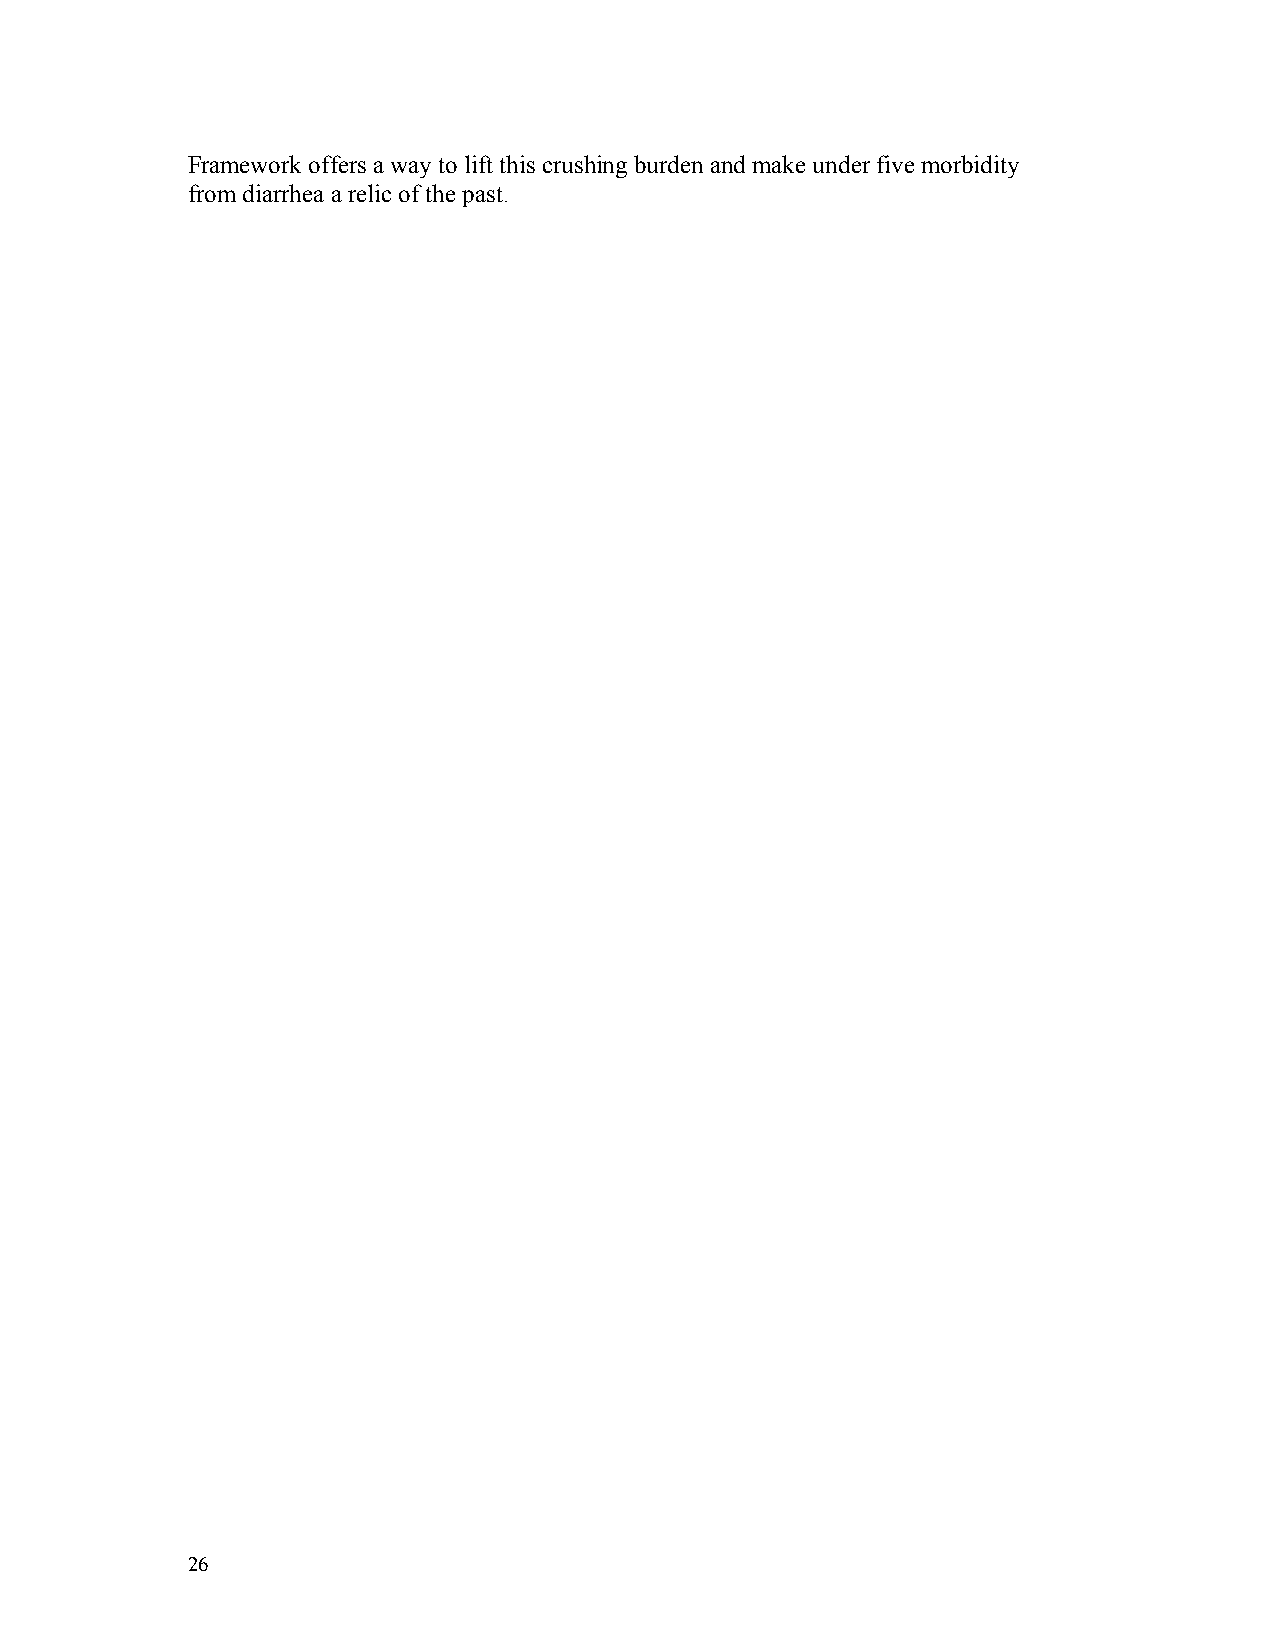
Framework offers a way to lift this crushing burden and make under five morbidity
 from diarrhea a relic of the past.
 26